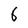
Character: 6